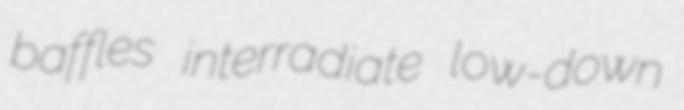
baffles interradiate low-down